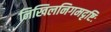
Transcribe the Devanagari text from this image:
निखिलनिगमदृष्टिः